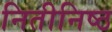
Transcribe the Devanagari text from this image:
नितीनिष्ठ